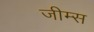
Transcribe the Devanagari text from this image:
जीम्स